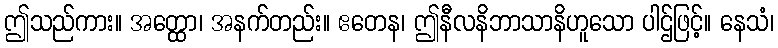
ဤသည်ကား။ အတ္ထော၊ အနက်တည်း။ ဧတေန၊ ဤနီလနိဘာသာနိဟူသော ပါဌ်ဖြင့်။ နေသံ၊